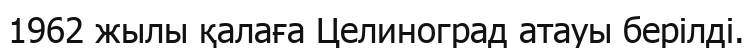
1962 жылы қалаға Целиноград атауы берілді.